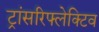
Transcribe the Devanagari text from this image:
ट्रांसरिफ्लेक्टिव